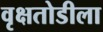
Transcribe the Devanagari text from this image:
वृक्षतोडीला